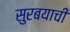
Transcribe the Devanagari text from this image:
सुरबयाची